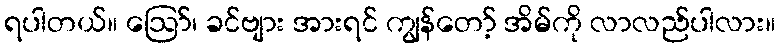
ရပါတယ်။ ဪ၊ ခင်ဗျား အားရင် ကျွန်တော့် အိမ်ကို လာလည်ပါလား။